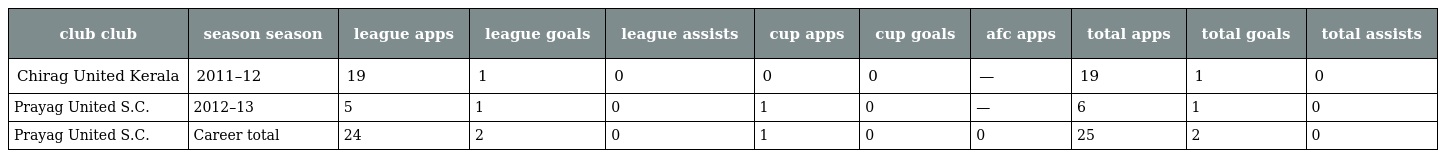
| club club | season season | league apps | league goals | league assists | cup apps | cup goals | afc apps | total apps | total goals | total assists |
 | --- | --- | --- | --- | --- | --- | --- | --- | --- | --- | --- |
 | Chirag United Kerala | 2011–12 | 19 | 1 | 0 | 0 | 0 | — | 19 | 1 | 0 |
 | Prayag United S.C. | 2012–13 | 5 | 1 | 0 | 1 | 0 | — | 6 | 1 | 0 |
 | Prayag United S.C. | Career total | 24 | 2 | 0 | 1 | 0 | 0 | 25 | 2 | 0 |